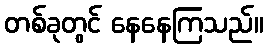
တစ်ခုတွင် နေနေကြသည်။